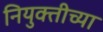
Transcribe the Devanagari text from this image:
नियुक्तीच्या